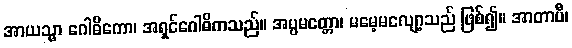
အာယသ္မာ ဂေါဓိကော၊ အရှင်ဂေါဓိကသည်။ အပ္ပမတ္တော၊ မမေ့မလျော့သည် ဖြစ်၍။ အာတာပီ၊